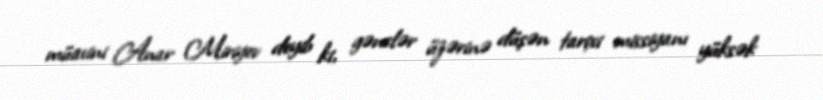
müavini Anar Miriyev deyib ki, gənclər üzərinə düşən tarixi missiyanı yüksək